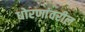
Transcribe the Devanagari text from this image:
धोरणांवरील